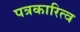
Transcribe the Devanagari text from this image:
पत्रकारित्व